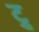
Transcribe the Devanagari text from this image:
ट्र्